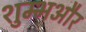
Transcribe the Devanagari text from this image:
शुम्भऔर